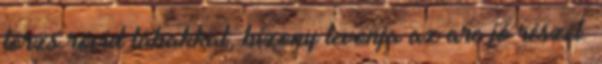
törzs rövid lábakkal, bizony levonja az arc jó részét.